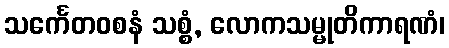
သင်္ကေတဝစနံ သစ္စံ, လောကသမ္မုတိကာရဏံ၊